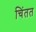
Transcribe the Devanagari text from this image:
चिंतत